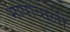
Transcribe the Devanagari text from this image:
भाषावाली